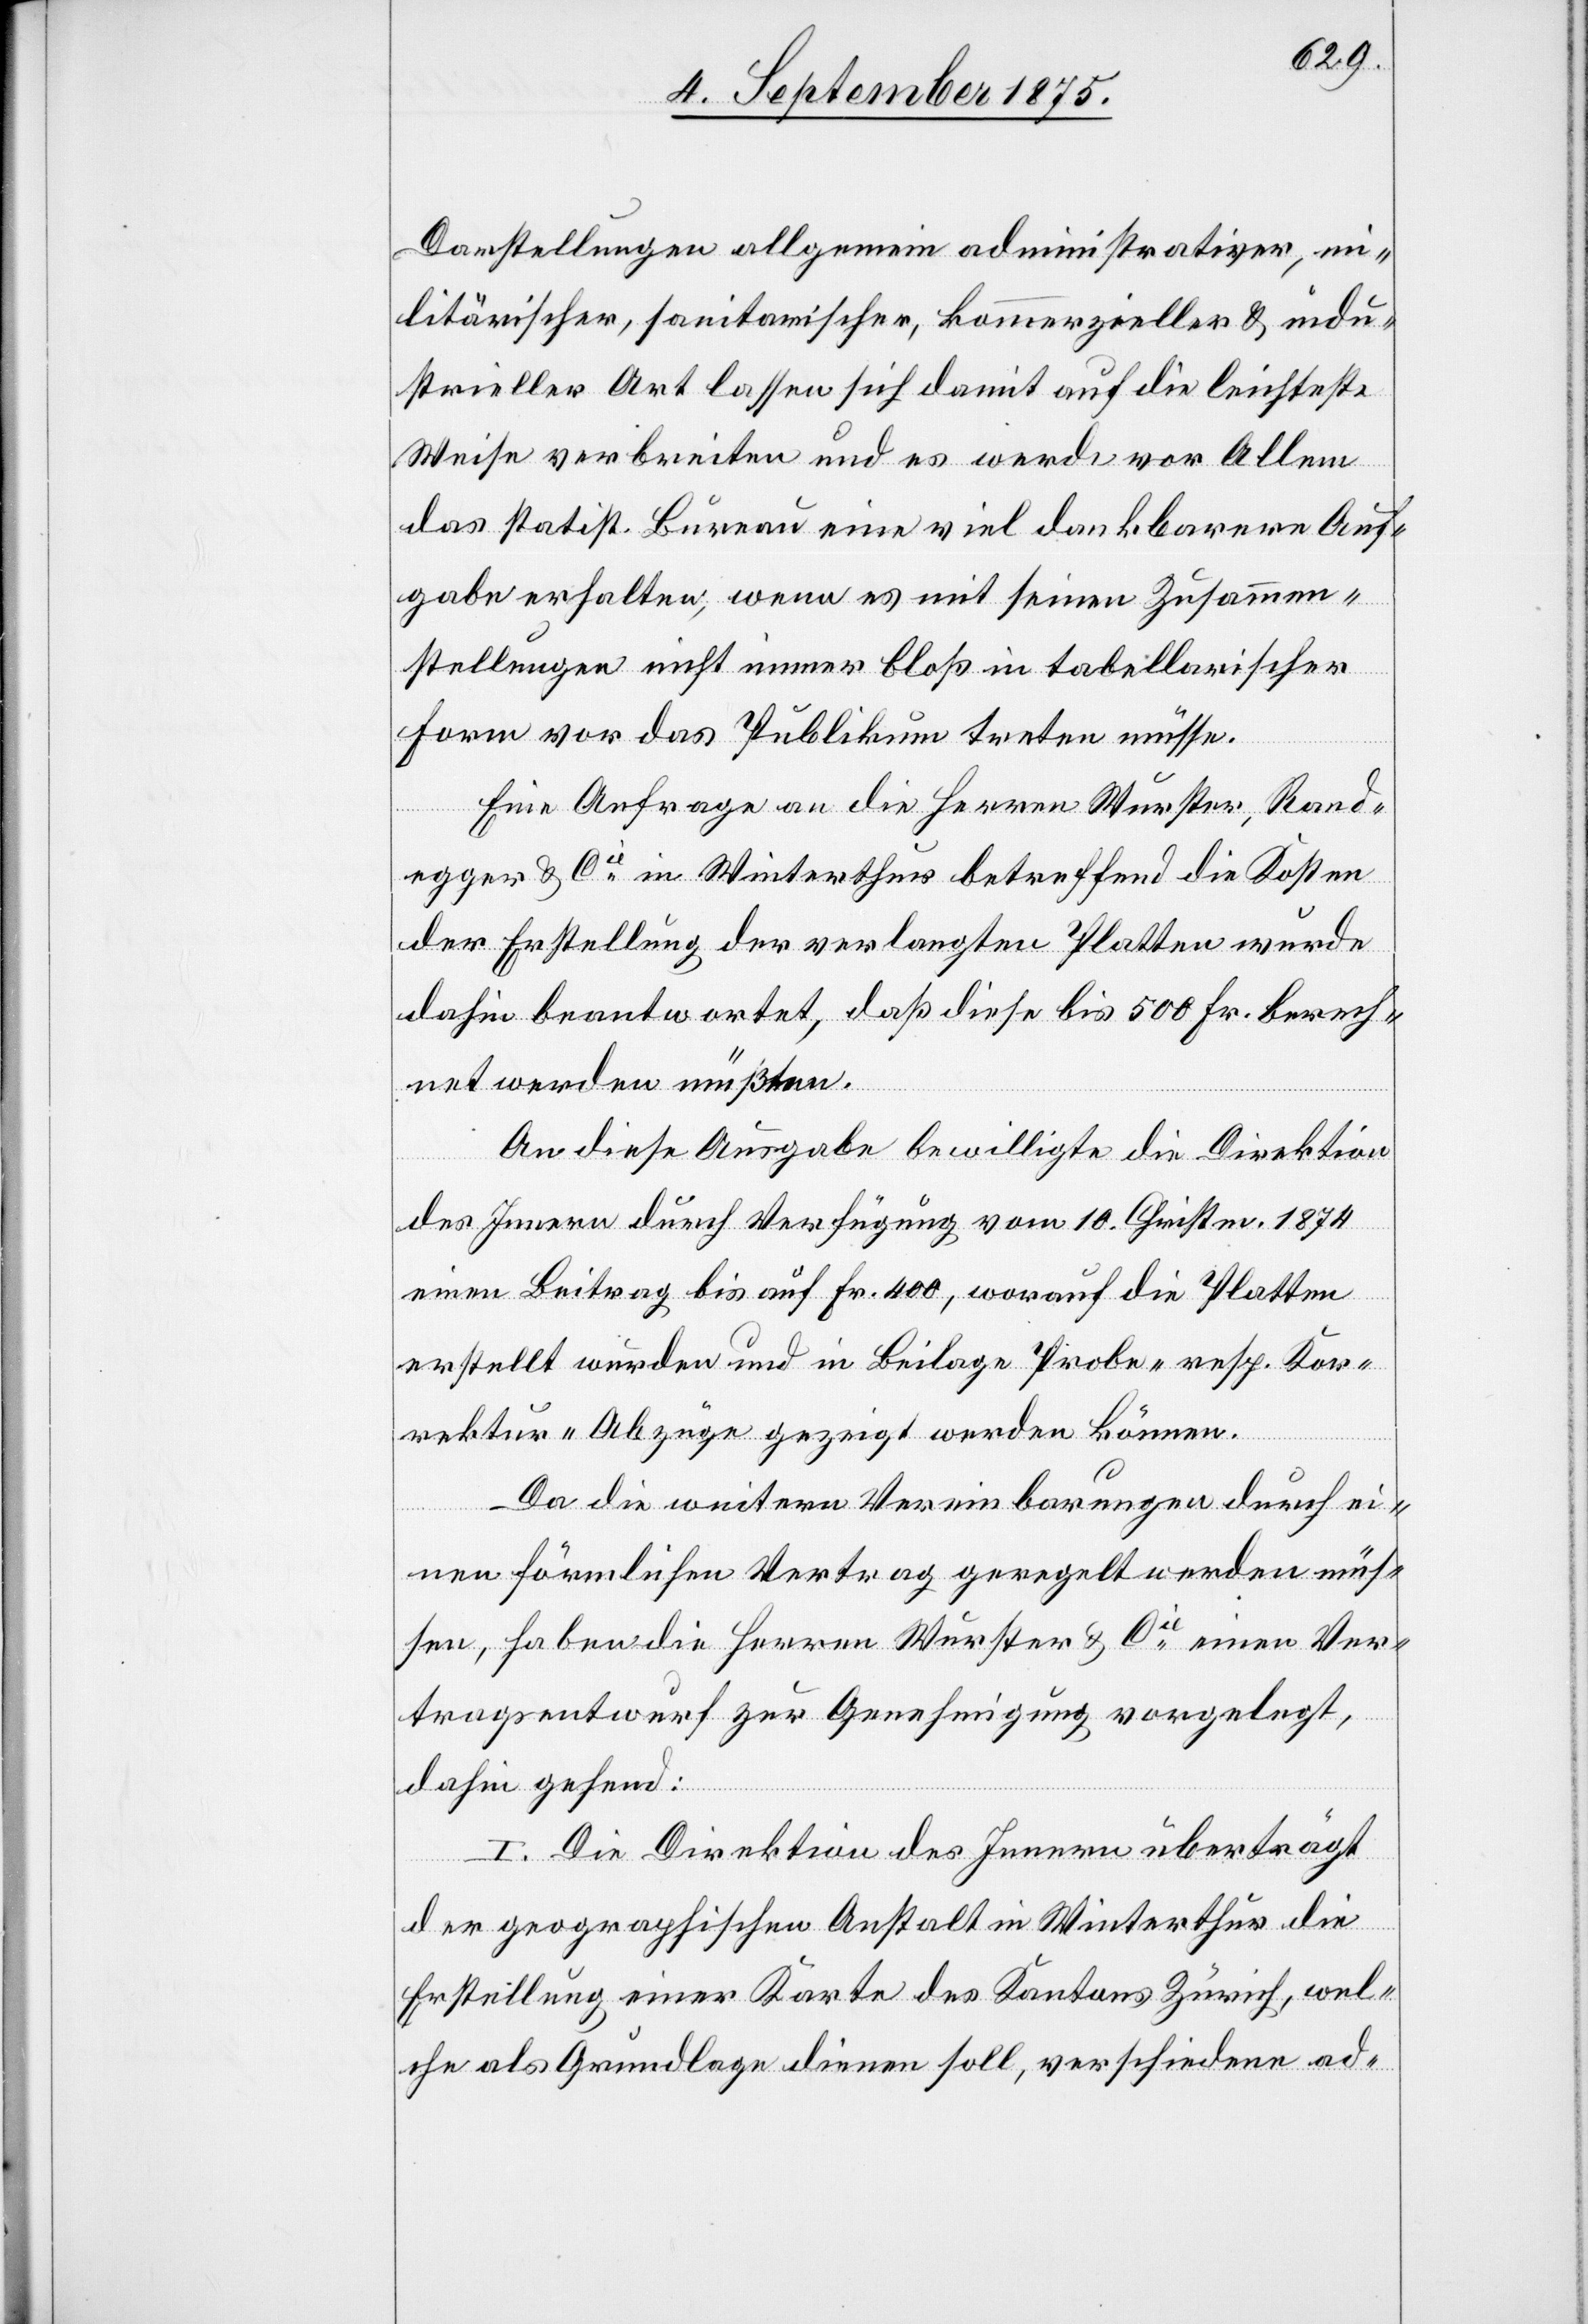
Darstellungen allgemein administrativer, mi¬
litärischer, sanitarischer, kommerzieller & indu¬
strieller Art lassen sich damit auf die leichteste
Weise verbreiten und es werde vor Allem
das statist. Bureau eine viel dankbarere Auf¬
gabe erhalten, wenn es mit seinen Zusammen¬
stellungen nicht immer bloß in tabellarischer
Form vor das Publikum treten müsse.
Eine Anfrage an die Herren Wurster, Rand¬
egger & Cie in Winterthur betreffend die Kosten
der Erstellung der verlangten Platten wurde
dahin beantwortet, daß diese bis 508 Fr. berech¬
net werden müßten.
An diese Ausgabe bewilligte die Direktion
des Innern durch Verfügung vom 10. Christm. 1874
einen Beitrag bis auf Fr. 400, worauf die Platten
erstellt wurden und in Beilage Probe- resp. Kor¬
rektur-Abzüge gezeigt werden können.
Da die weitern Vereinbarungen durch ei¬
nen förmlichen Vertrag geregelt werden müs¬
sen, haben die Herren Wurster & Cie einen Ver¬
tragsentwurf zur Genehmigung vorgelegt,
dahin gehend:
I. Die Direktion des Innern überträgt
der geographischen Anstalt in Winterthur die
Erstellung einer Kate des Kantons Zürich, wel¬
che als Grundlage dienen soll, verschiedene ad-